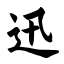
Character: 迅